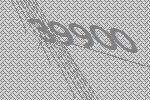
39900